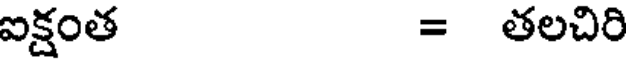
ఐక్షంత = తలచిరి